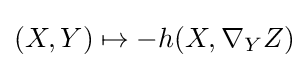
(X,Y)\mapsto -h(X,\nabla _{Y}Z)